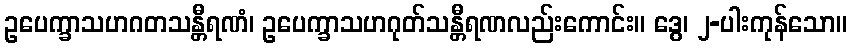
ဥပေက္ခာသဟဂတသန္တီရဏံ၊ ဥပေက္ခာသဟဂုတ်သန္တီရဏလည်းကောင်း။ ဒွေ၊ ၂-ပါးကုန်သော။